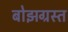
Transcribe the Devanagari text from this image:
बोझग्रस्त